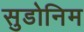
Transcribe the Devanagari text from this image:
सुडोनिम